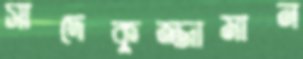
সাদেকুজ্জামান